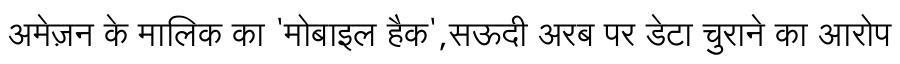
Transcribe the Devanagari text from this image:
अमेज़न के मालिक का 'मोबाइल हैक',सऊदी अरब पर डेटा चुराने का आरोप